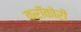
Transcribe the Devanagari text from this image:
क्रॉकोरी